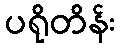
ပရိုတိန်း